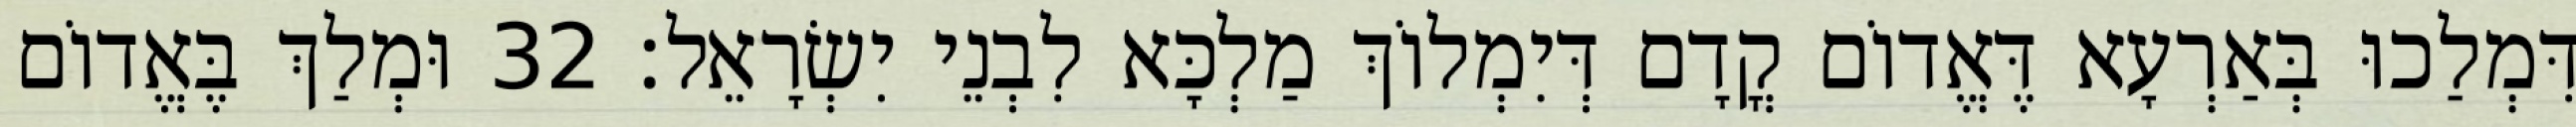
דִּמְלַכוּ בְּאַרְעָא דֶּאֱדוֹם קֳדָם דְּיִמְלוֹךְ מַלְכָּא לִבְנֵי יִשְׂרָאֵל׃ 32 וּמְלַךְ בֶּאֱדוֹם